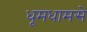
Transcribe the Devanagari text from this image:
धूमधामसे